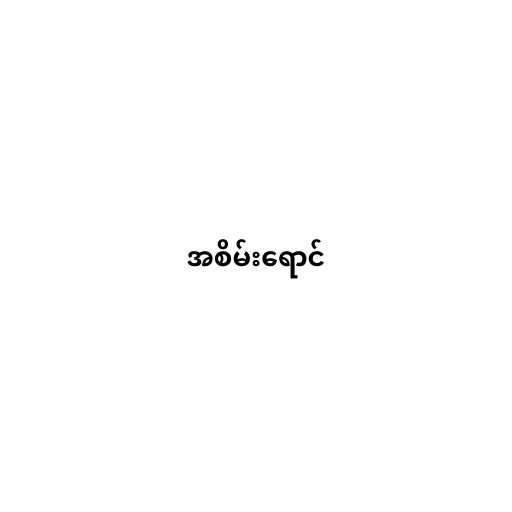
အစိမ်းရောင်